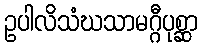
ဥပါလိသံဃသာမဂ္ဂီပုစ္ဆာ